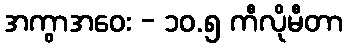
အကွာအဝေး - ၁၀.၅ ကီလိုမီတာ